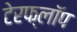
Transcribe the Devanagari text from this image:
टेरफ्लॉप